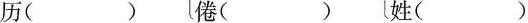
历（ ）倦（ ）性（ ）